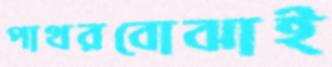
পাথরবোঝাই